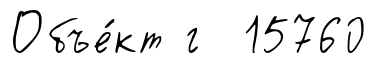
Объе́кт г 15760